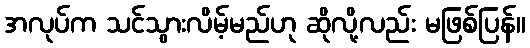
အလုပ်က သင်သွားလိမ့်မည်ဟု ဆိုလို့လည်း မဖြစ်ပြန်။